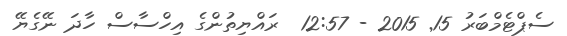
ސެޕްޓެމްބަރު 15